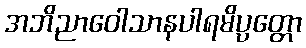
အဘိညာဝေါသာနပါရမိပ္ပတ္တော